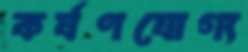
কর্ষণযোগ্য